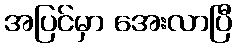
အပြင်မှာ အေးလာပြီ